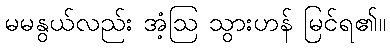
မမနွယ်လည်း အံ့ဩ သွားဟန် မြင်ရ၏။